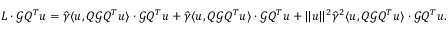
L \cdot { \mathcal G } Q ^ { T } { \boldsymbol u } = \widehat \gamma \langle { \boldsymbol u } , Q { \mathcal G } Q ^ { T } { \boldsymbol u } \rangle \cdot { \mathcal G } Q ^ { T } { \boldsymbol u } + \widehat \gamma \langle { \boldsymbol u } , Q { \mathcal G } Q ^ { T } { \boldsymbol u } \rangle \cdot { \mathcal G } Q ^ { T } { \boldsymbol u } + \| { \boldsymbol u } \| ^ { 2 } \widehat \gamma ^ { 2 } \langle { \boldsymbol u } , Q { \mathcal G } Q ^ { T } { \boldsymbol u } \rangle \cdot { \mathcal G } Q ^ { T } { \boldsymbol u } .